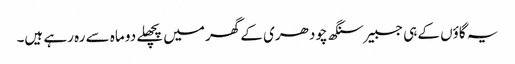
یہ گاؤں کے ہی جسبیر سنگھ چودھری کے گھر میں پچھلے دو ماہ سے رہ رہے ہیں۔